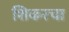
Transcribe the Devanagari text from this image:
शिकरचा